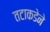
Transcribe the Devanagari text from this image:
तटाकडेने